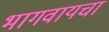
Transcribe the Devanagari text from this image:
भागवायचा